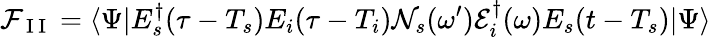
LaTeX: {\cal F}_{\mathrm{~I~I~}}=\langle\Psi|E_{s}^{\dagger}(\tau-T_{s})E_{i}(\tau-T_{i}){\cal N}_{s}(\omega^{\prime}){\cal E}_{i}^{\dagger}(\omega)E_{s}(t-T_{s})|\Psi\rangle